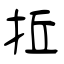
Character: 拞